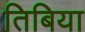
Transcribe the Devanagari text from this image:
तिबिया